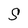
Character: S